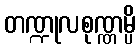
တဏ္ဍုလစုဏ္ဏမ္ပိ